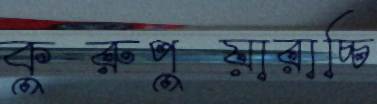
কুরুপুয়ারাচ্চি